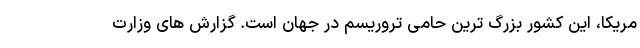
مریکا، این کشور بزرگ ترین حامی تروریسم در جهان است. گزارش های وزارت